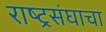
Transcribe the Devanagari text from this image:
राष्ट्रसंघाचा